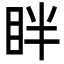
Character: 眫